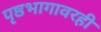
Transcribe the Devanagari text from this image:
पृष्ठभागावरही